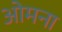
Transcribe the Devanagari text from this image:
ओमना